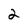
Character: 2